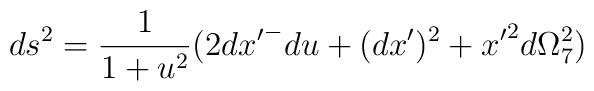
ds^2=\frac{1}{1+u^2}(2{dx'}^-du +(dx')^2 +{x'}^2 d\Omega_7^2)